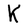
Character: K